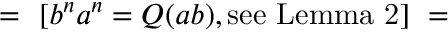
= \ [ b ^ { n } a ^ { n } = Q ( a b ) , { \mathrm { s e e ~ L e m m a ~ 2 } } ] \ =